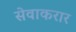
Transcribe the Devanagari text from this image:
सेवाकरार